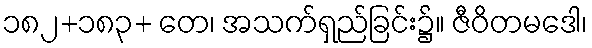
၁၈၂+၁၈၃+ တေ၊ အသက်ရှည်ခြင်း၌။ ဇီဝိတမဒေါ၊